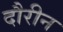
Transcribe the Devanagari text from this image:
दौरीन